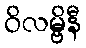
ဝိလမ္ဗိနီ